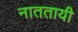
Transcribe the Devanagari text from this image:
नाततायी